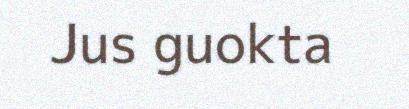
Jus guokta